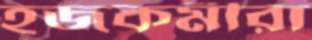
হজকর্মীরা